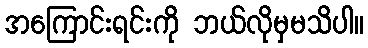
အကြောင်းရင်းကို ဘယ်လိုမှမသိပါ။